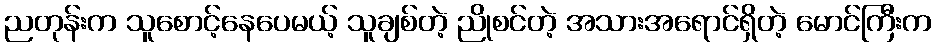
ညတုန်းက သူစောင့်နေပေမယ့် သူချစ်တဲ့ ညိုစင်တဲ့ အသားအရောင်ရှိတဲ့ မောင်ကြီးက